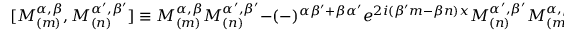
\lbrack M _ { ( m ) } ^ { \alpha , \beta } , M _ { ( n ) } ^ { \alpha ^ { \prime } , \beta ^ { \prime } } ] \equiv M _ { ( m ) } ^ { \alpha , \beta } M _ { ( n ) } ^ { \alpha ^ { \prime } , \beta ^ { \prime } } - ( - ) ^ { \alpha \beta ^ { \prime } + \beta \alpha ^ { \prime } } e ^ { 2 i ( \beta ^ { \prime } m - \beta n ) x } M _ { ( n ) } ^ { \alpha ^ { \prime } , \beta ^ { \prime } } M _ { ( m ) } ^ { \alpha , \beta }